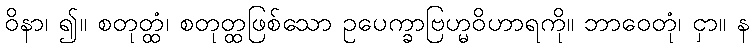
ဝိနာ၊ ၍။ စတုတ္ထံ၊ စတုတ္ထဖြစ်သော ဥပေက္ခာဗြဟ္မဝိဟာရကို။ ဘာဝေတုံ၊ ငှာ။ န